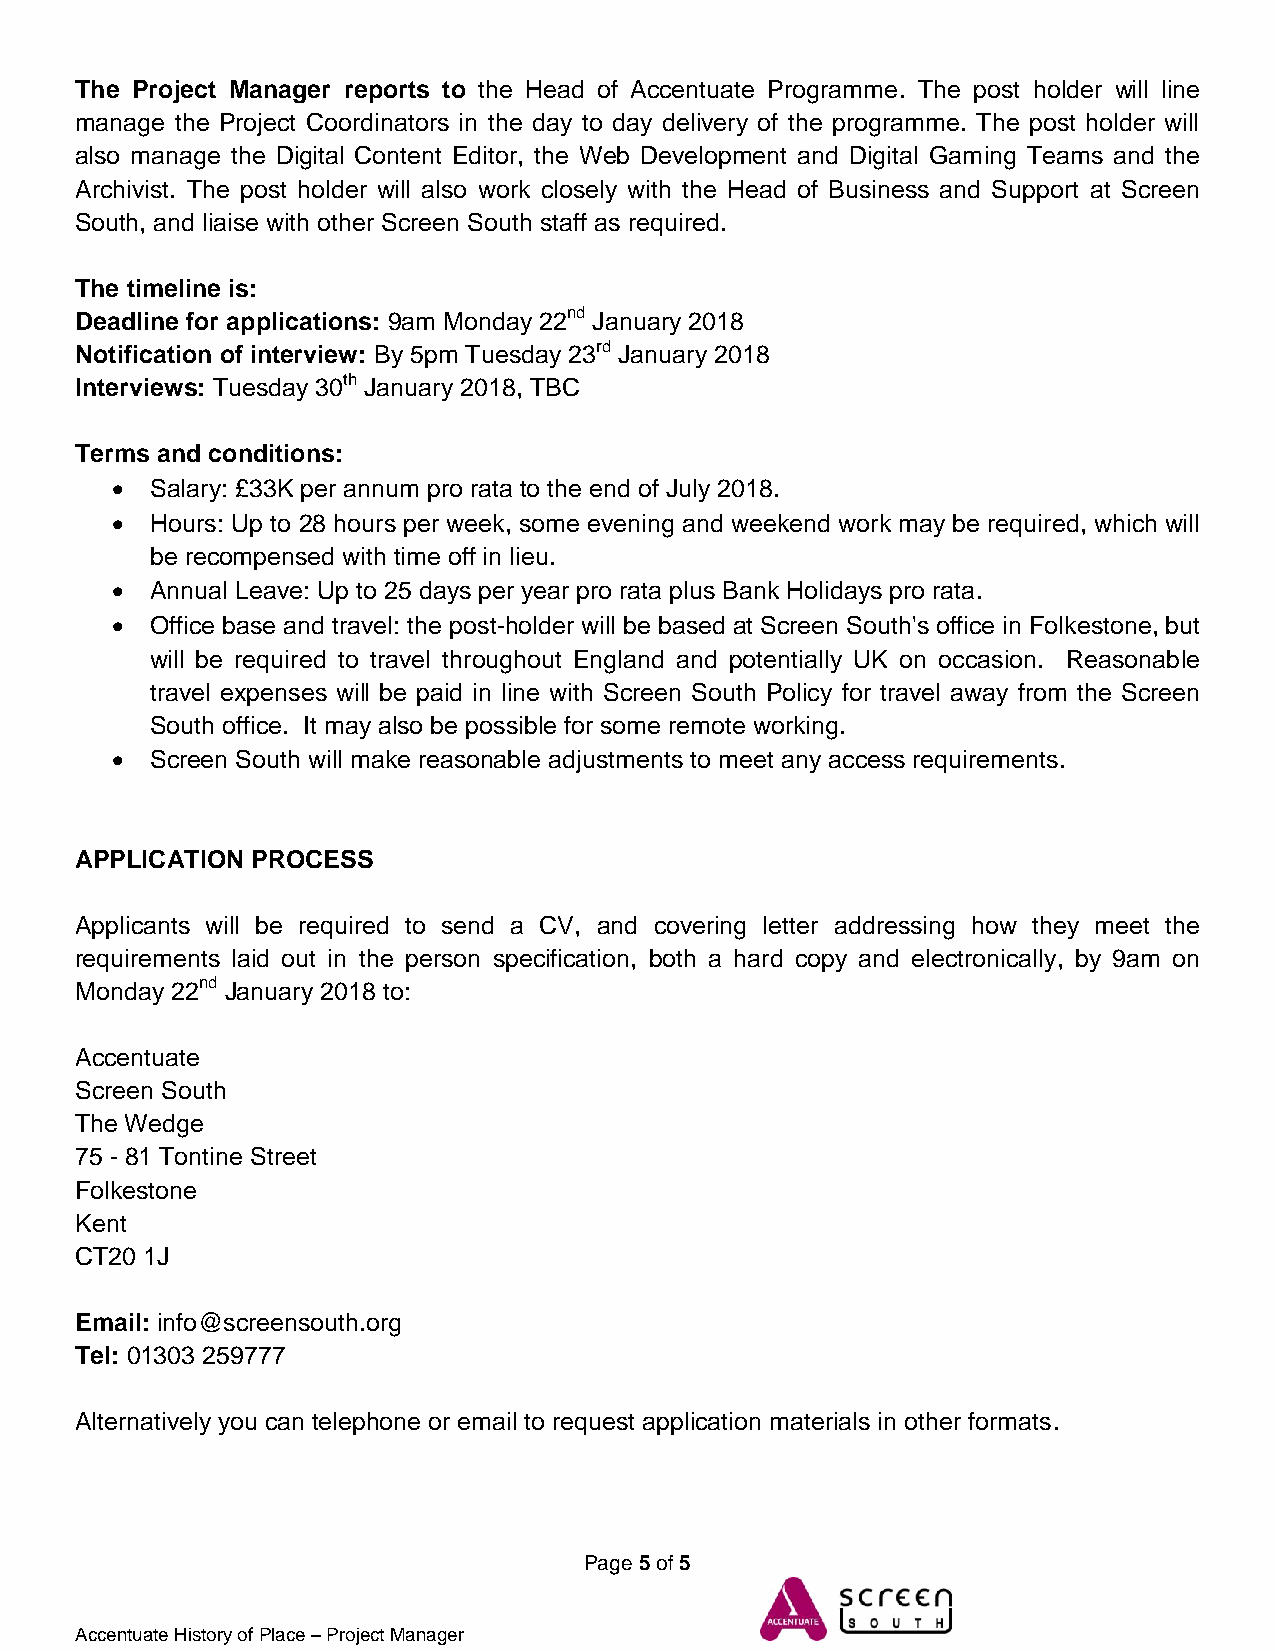
The Project Manager reports to the Head of Accentuate Programme. The post holder will line
 manage the Project Coordinators in the day to day delivery of the programme. The post holder will
 also manage the Digital Content Editor, the Web Development and Digital Gaming Teams and the
 Archivist. The post holder will also work closely with the Head of Business and Support at Screen
 South, and liaise with other Screen South staff as required.
 The timeline is:
 Deadline for applications: 9am Monday 22nd January 2018
 Notification of interview: By 5pm Tuesday 23rd January 2018
 Interviews: Tuesday 30th January 2018, TBC
 Terms and conditions:
   Salary: £33K per annum pro rata to the end of July 2018.
   Hours: Up to 28 hours per week, some evening and weekend work may be required, which will
 be recompensed with time off in lieu.
   Annual Leave: Up to 25 days per year pro rata plus Bank Holidays pro rata.
   Office base and travel: the post-holder will be based at Screen South's office in Folkestone, but
 will be required to travel throughout England and potentially UK on occasion. Reasonable
 travel expenses will be paid in line with Screen South Policy for travel away from the Screen
 South office. It may also be possible for some remote working.
   Screen South will make reasonable adjustments to meet any access requirements.
 APPLICATION PROCESS
 Applicants will be required to send a CV, and covering letter addressing how they meet the
 requirements laid out in the person specification, both a hard copy and electronically, by 9am on
 Monday 22nd January 2018 to:
 Accentuate
 Screen South
 The Wedge
 75 - 81 Tontine Street
 Folkestone
 Kent
 CT20 1J
 Email: info@screensouth.org
 Tel: 01303 259777
 Alternatively you can telephone or email to request application materials in other formats.
 Page 5 of 5
 Accentuate History of Place – Project Manager